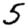
Digit: 5